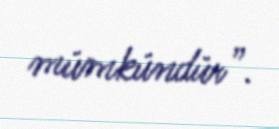
mümkündür”.